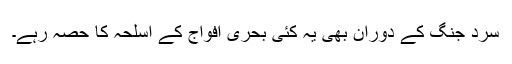
سرد جنگ کے دوران بھی یہ کئی بحری افواج کے اسلحہ کا حصّہ رہے۔